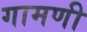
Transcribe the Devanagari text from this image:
गामणी